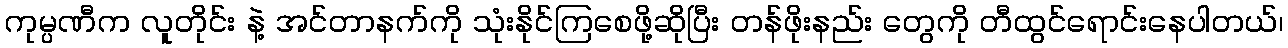
ကုမ္ပဏီက လူတိုင်း နဲ့ အင်တာနက်ကို သုံးနိုင်ကြစေဖို့ဆိုပြီး တန်ဖိုးနည်း တွေကို တီထွင်ရောင်းနေပါတယ်၊